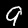
Digit: 9